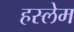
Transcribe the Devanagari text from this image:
हस्लेम